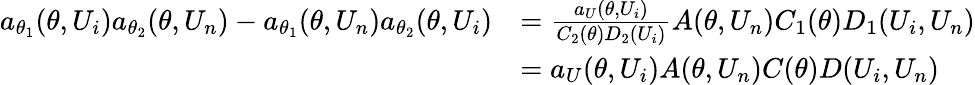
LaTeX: \begin{array}{rl}{a_{\theta_{1}}(\theta,U_{i})a_{\theta_{2}}(\theta,U_{n})-a_{\theta_{1}}(\theta,U_{n})a_{\theta_{2}}(\theta,U_{i})}&{=\frac{a_{U}(\theta,U_{i})}{C_{2}(\theta)D_{2}(U_{i})}A(\theta,U_{n})C_{1}(\theta)D_{1}(U_{i},U_{n})}\\ &{=a_{U}(\theta,U_{i})A(\theta,U_{n})C(\theta)D(U_{i},U_{n})}\end{array}